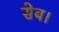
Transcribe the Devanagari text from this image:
सेब।